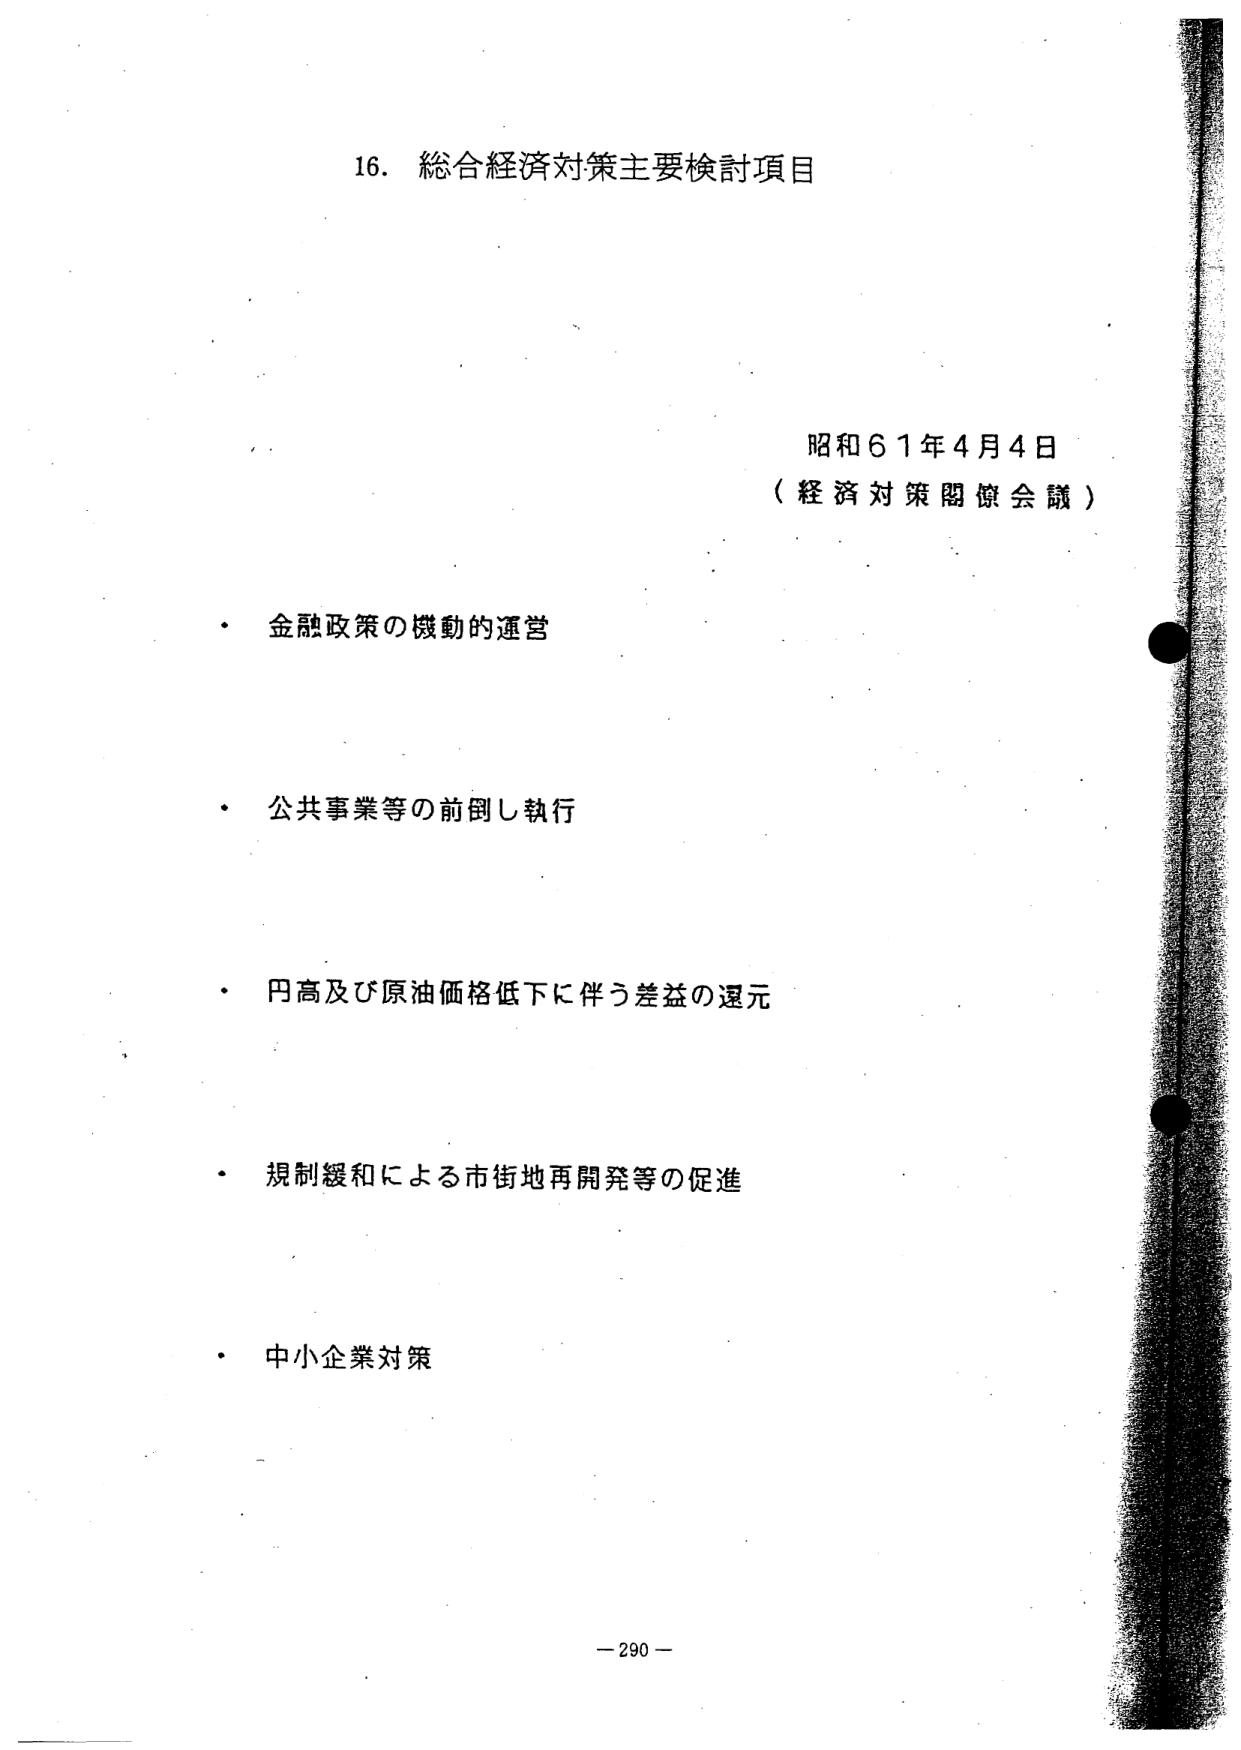
16. 総合経済対策主要検討項目

昭和61年4月4日
（経済対策閣僚会議）

・金融政策の機動的運営

・公共事業等の前倒し執行

・円高及び原油価格低下に伴う差益の還元

・規制緩和による市街地再開発等の促進

・中小企業対策

－290－